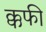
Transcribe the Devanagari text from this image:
क्कफी